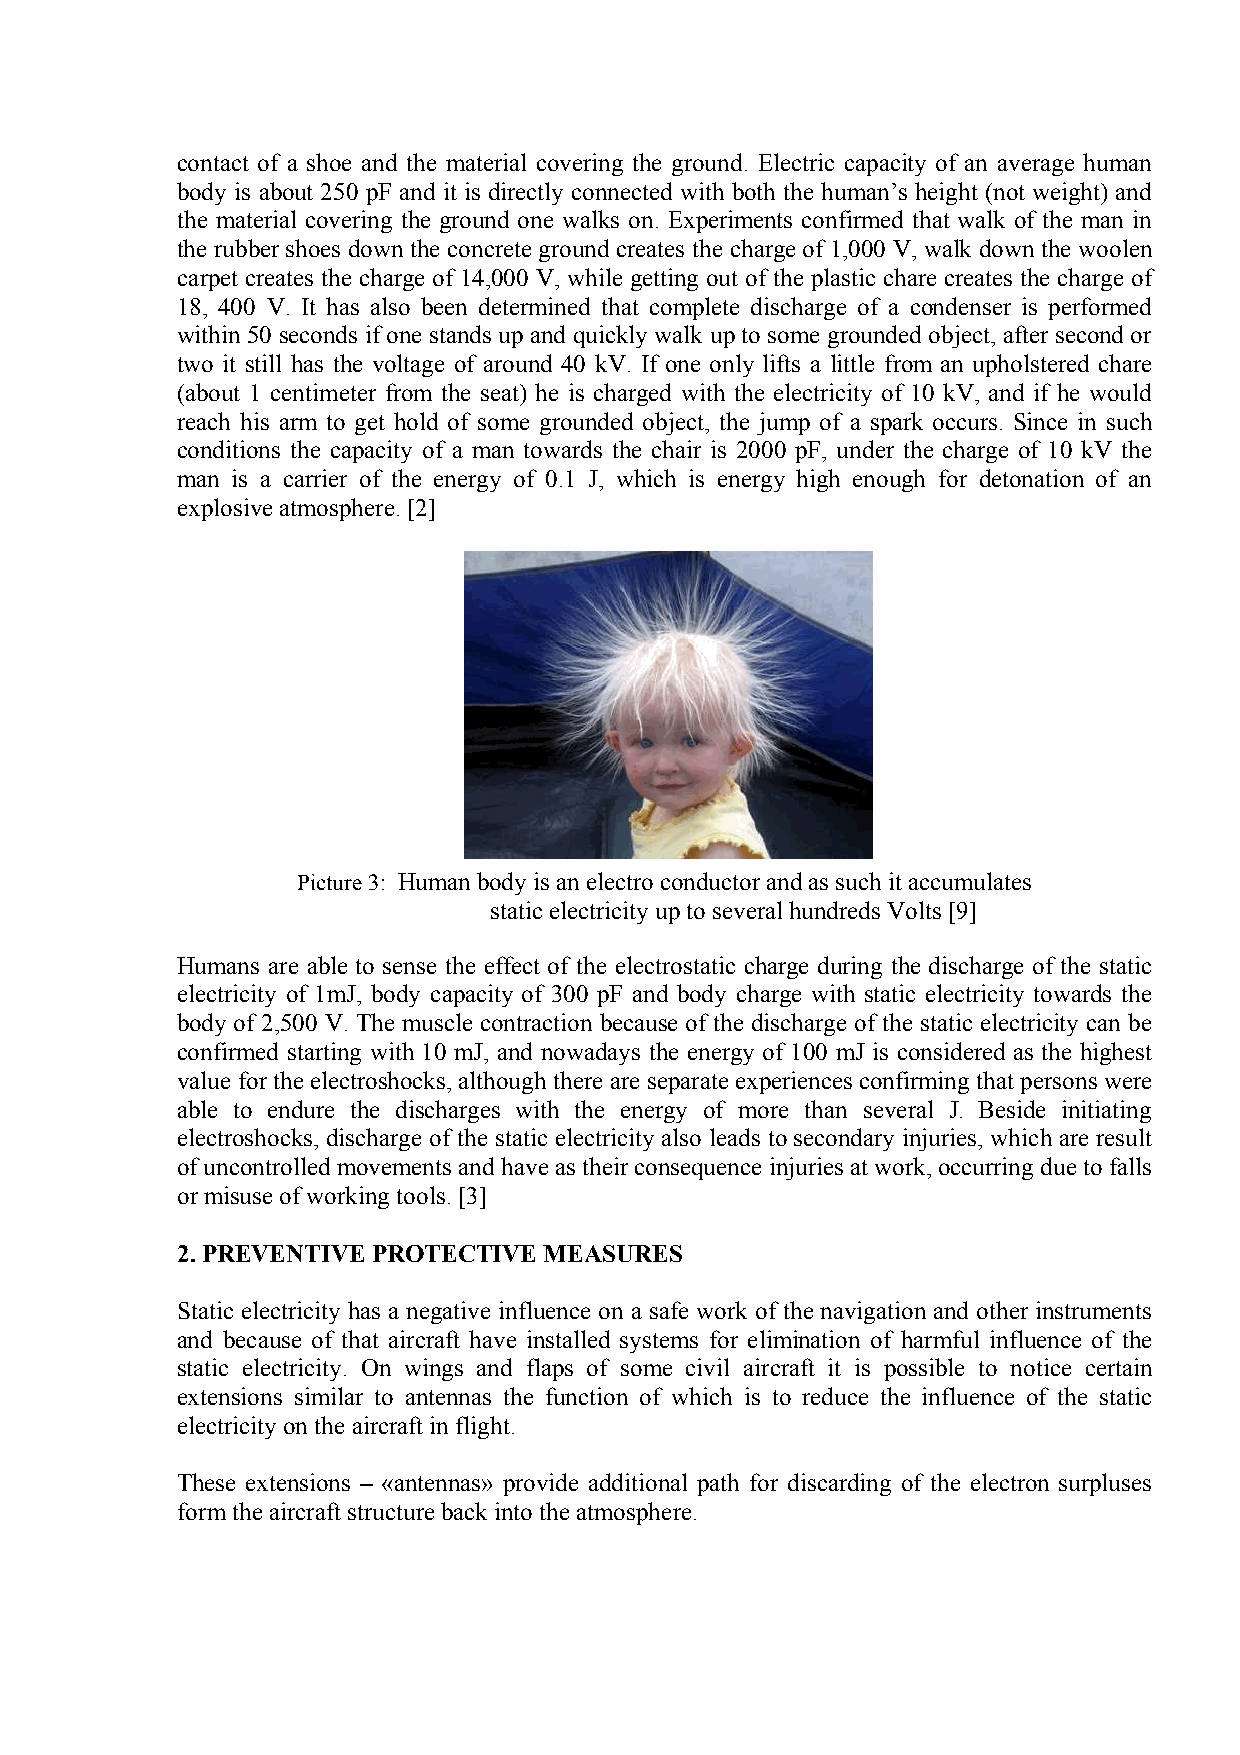
contact of a shoe and the material covering the ground. Electric capacity of an average human
 body is about 250 pF and it is directly connected with both the human’s height (not weight) and
 the material covering the ground one walks on. Experiments confirmed that walk of the man in
 the rubber shoes down the concrete ground creates the charge of 1,000 V, walk down the woolen
 carpet creates the charge of 14,000 V, while getting out of the plastic chare creates the charge of
 18, 400 V. It has also been determined that complete discharge of a condenser is performed
 within 50 seconds if one stands up and quickly walk up to some grounded object, after second or
 two it still has the voltage of around 40 kV. If one only lifts a little from an upholstered chare
 (about 1 centimeter from the seat) he is charged with the electricity of 10 kV, and if he would
 reach his arm to get hold of some grounded object, the jump of a spark occurs. Since in such
 conditions the capacity of a man towards the chair is 2000 pF, under the charge of 10 kV the
 man is a carrier of the energy of 0.1 J, which is energy high enough for detonation of an
 explosive atmosphere. [2]
 Picture 3: Human body is an electro conductor and as such it accumulates
 static electricity up to several hundreds Volts [9]
 Humans are able to sense the effect of the electrostatic charge during the discharge of the static
 electricity of 1mJ, body capacity of 300 pF and body charge with static electricity towards the
 body of 2,500 V. The muscle contraction because of the discharge of the static electricity can be
 confirmed starting with 10 mJ, and nowadays the energy of 100 mJ is considered as the highest
 value for the electroshocks, although there are separate experiences confirming that persons were
 able to endure the discharges with the energy of more than several J. Beside initiating
 electroshocks, discharge of the static electricity also leads to secondary injuries, which are result
 of uncontrolled movements and have as their consequence injuries at work, occurring due to falls
 or misuse of working tools. [3]
 2. PREVENTIVE PROTECTIVE MEASURES
 Static electricity has a negative influence on a safe work of the navigation and other instruments
 and because of that aircraft have installed systems for elimination of harmful influence of the
 static electricity. On wings and flaps of some civil aircraft it is possible to notice certain
 extensions similar to antennas the function of which is to reduce the influence of the static
 electricity on the aircraft in flight.
 These extensions – «antennas» provide additional path for discarding of the electron surpluses
 form the aircraft structure back into the atmosphere.